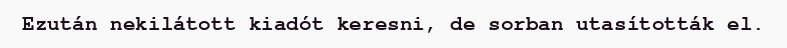
Ezután nekilátott kiadót keresni, de sorban utasították el.